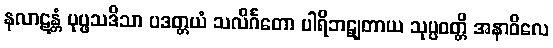
နလာဋန္တံ ပုပ္ဖသဒိသာ ပဒတ္တယံ သလိင်္ဂတော ပါရိဘဋျတာယ သုပ္ပဝတ္တိ အနာဝိလေ